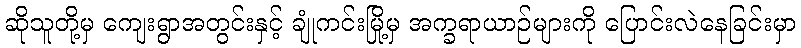
ဆိုသူတို့မှ ကျေးရွာအတွင်းနှင့် ချုံကင်းမြို့မှ အက္ခရာယာဉ်များကို ပြောင်းလဲနေခြင်းမှာ